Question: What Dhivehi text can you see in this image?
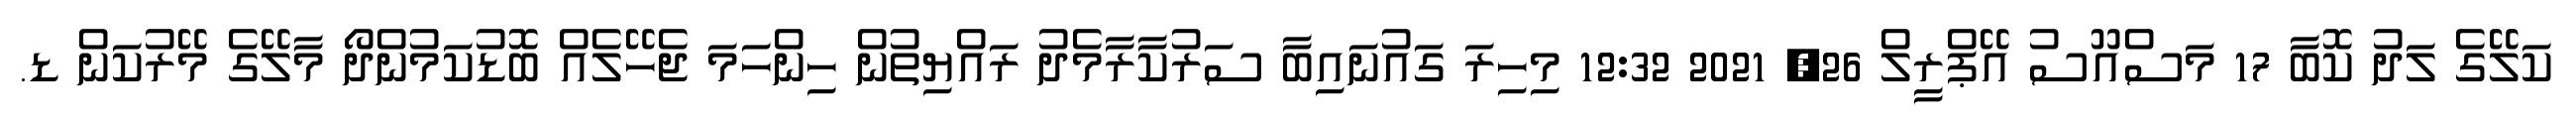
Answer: ކަލޭގެ ލަދު ކޮބާ 17 މަސްއޫސު އޭޕްރީލް 26, 2021 12:32 މިހިރަ ގައުނައިބާ ސަރުކާރާމެދު ރައްޔިތުން ހިންހަމަ ޖެހޭލެއް ބޮޑުކަމުންދޯ މާލޭގެ މޭރުކަން ޑ.